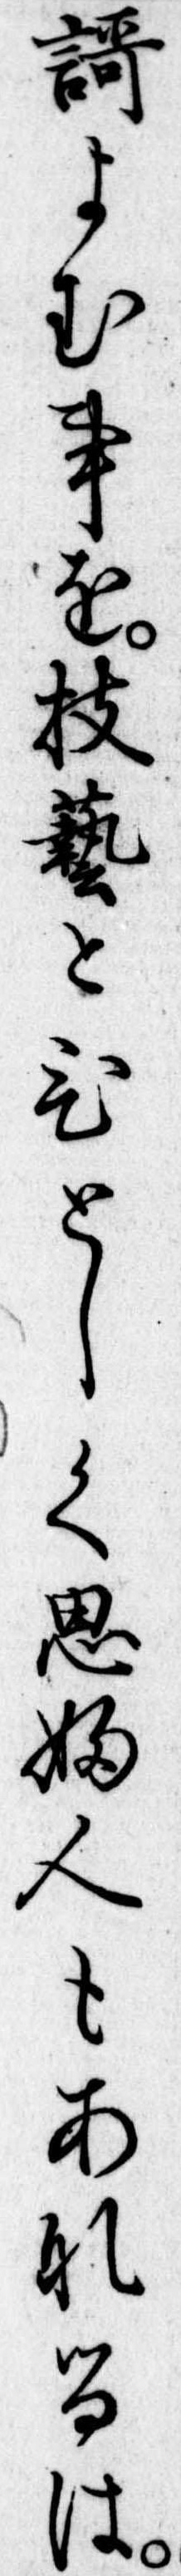
歌よむ事を技芸とひとしく思ふ人もあなるは